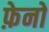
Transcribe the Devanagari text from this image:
फ़ेनो